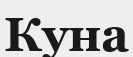
Куна